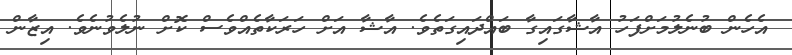
އެހެން ބުނެލުމަށްފަހު އާޝާގައިގާ ބައްދައިގަތެވެ. އާޝާ އަށް ހަރަކާތެއްވެސް ކޮށް ނުލެވުނެވެ. އިޒާން